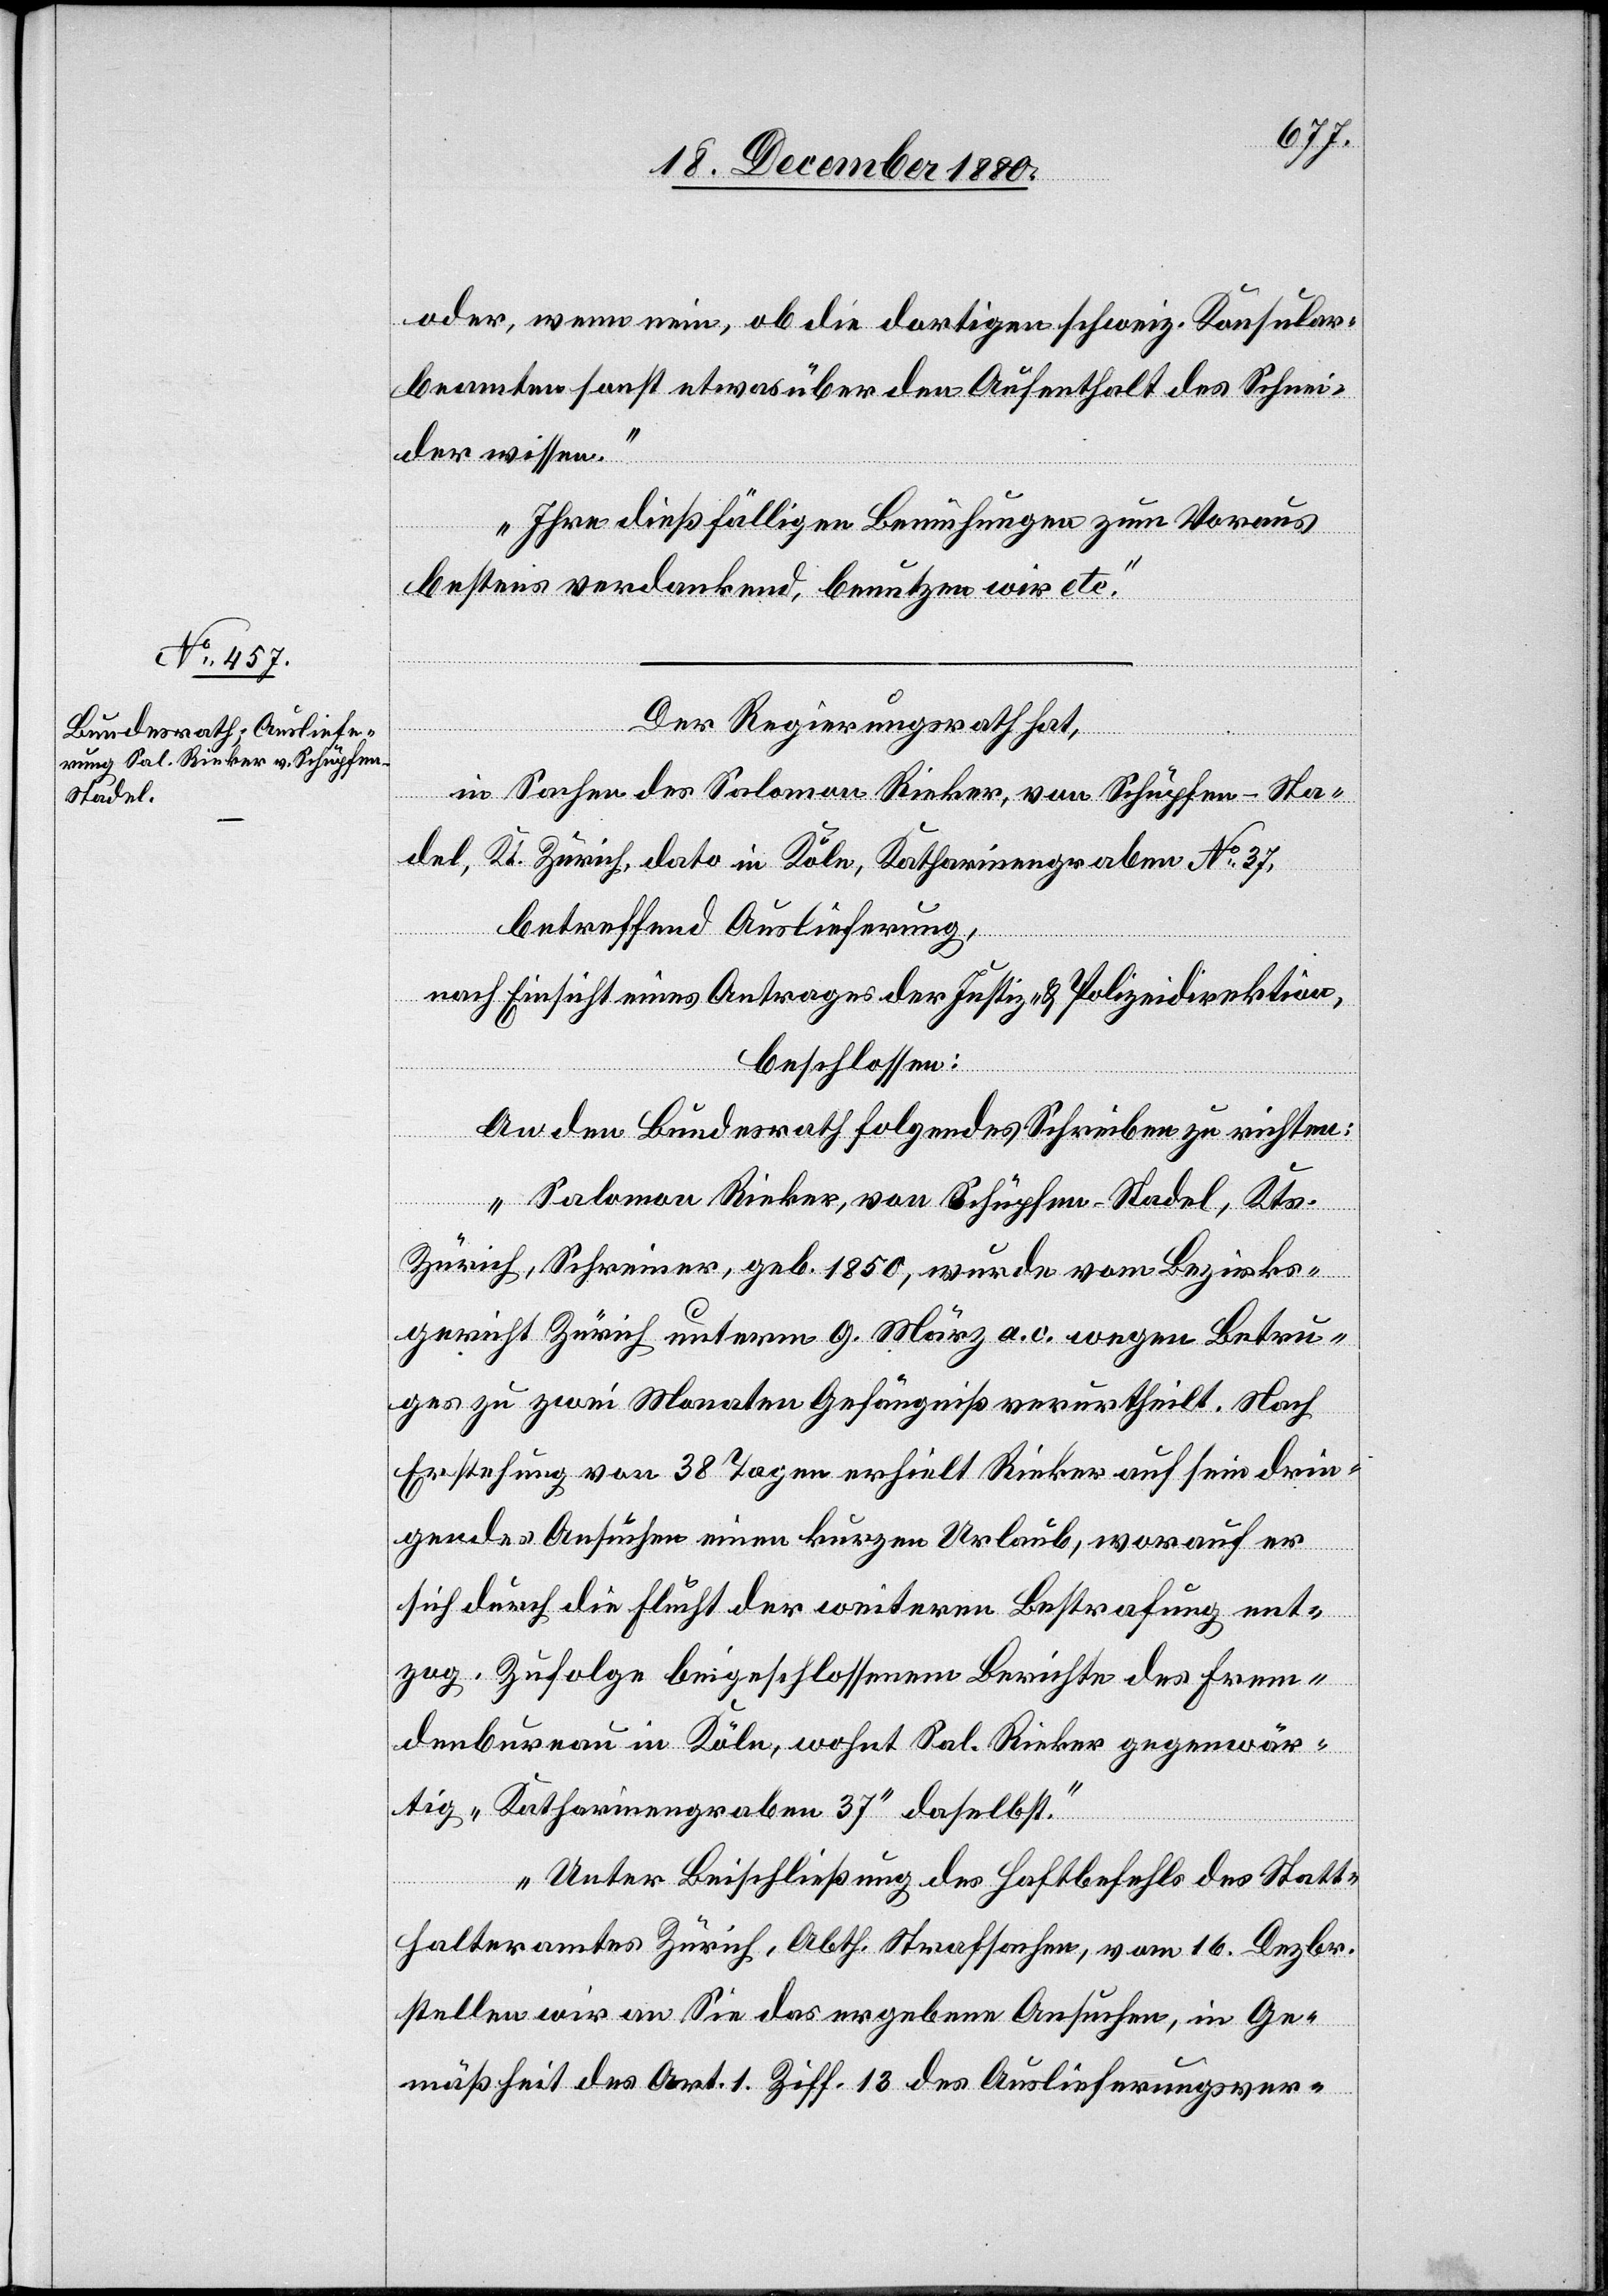
20. December 1880.]
oder, wenn nein, ob die dortigen schweiz. Konsular¬
beamten sonst etwas über den Aufenthalt des Schnei¬
der wissen.
Ihre dießfälligen Bemühungen zum Voraus
bestens verdankend, benutzen wir etc.“
Der Regierungsrath hat,
in Sachen des Salomon Rieker, von Schüpfen - Sta¬
del, Kt. Zürich, dato in Köln, Katharinengraben No 37,
betreffend Auslieferung,
nach Einsicht eines Antrages der Justiz- & Polizeidirektion,
beschlossen:
An den Bundesrath folgendes Schreiben zu richten:
„Salomon Rieker, von Schüpfen - Stadel, Kts.
Zürich, Schreiner, geb. 1850, wurde vom Bezirks¬
gericht Zürich unterm 9. März a. c. wegen Betru¬
ges zu zwei Monaten Gefängniß verurtheilt. Nach
Erstehung von 38 Tagen erhielt Rieker auf sein drin¬
gendes Ansuchen einen kurzen Urlaub, worauf er
sich durch die Flucht der weiteren Bestrafung ent¬
zog. Zufolge beigeschlossenem Berichte des Frem¬
denbureau in Köln, wohnt Sal. Rieker gegenwär¬
tig „Katharinengraben 37“ daselbst.
Unter Beischließung des Haftbefehls des Statt¬
halteramtes Zürich, Abth. Strafsachen, vom 16. Dezbr.
stellen wir an Sie das ergebene Ansuchen, in Ge¬
mäßheit des Art. 1 Ziff. 13 des Auslieferungsver-